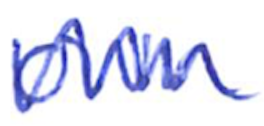
Text: own
Cross-out: zig-zag
Writing tool: ballpoint